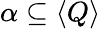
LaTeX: \alpha\subseteq\langle Q\rangle